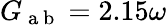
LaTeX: G_{\mathrm{~a~b~}}=2.15\omega